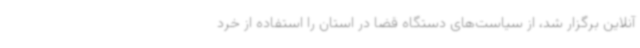
آنلاین برگزار شد، از سیاست‌های دستگاه قضا در استان را استفاده از خرد